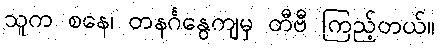
သူက စနေ၊ တနင်္ဂနွေကျမှ တီဗီ ကြည့်တယ်။